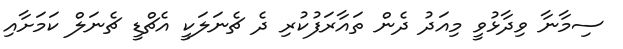
ސިމާނާ ވިދާޅުވީ މިއަދު ދެން ތައާރަފުކުރި ދެ ޗެނަލަކީ އެޗްޑީ ޗެނަލް ކަމަށާއި